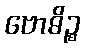
ဗောဓိဉ္စ